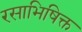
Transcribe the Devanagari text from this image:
रसाभिषिक्त